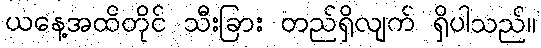
ယနေ့အထိတိုင် သီးခြား တည်ရှိလျက် ရှိပါသည်။